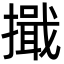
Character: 擑